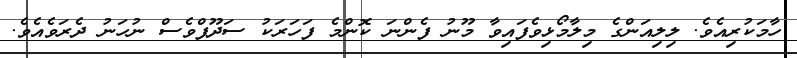
ހާމަކުރިއެވެ. ލިލިއަންގެ މިލާމޯޅިވެފައިވާ މޫނު ފެންނަ ކޮންމެ ފަހަރަކު ސަދޫފްވެސް ނުހަނު ދެރަވެއެވެ.